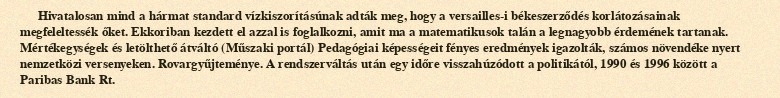
Hivatalosan mind a hármat standard vízkiszorításúnak adták meg, hogy a versailles-i békeszerződés korlátozásainak megfeleltessék őket. Ekkoriban kezdett el azzal is foglalkozni, amit ma a matematikusok talán a legnagyobb érdemének tartanak. Mértékegységek és letölthető átváltó (Műszaki portál) Pedagógiai képességeit fényes eredmények igazolták, számos növendéke nyert nemzetközi versenyeken. Rovargyűjteménye. A rendszerváltás után egy időre visszahúzódott a politikától, 1990 és 1996 között a Paribas Bank Rt.